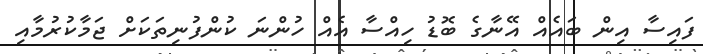
ފައިސާ އިން ބައެއް އޭނާގެ ބޮޑު ހިއްސާ އެއް ހުންނަ ކުންފުނިތަކަށް ޖަމާކުރުމާއި